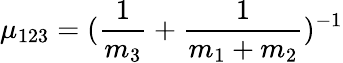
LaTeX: \mu_{123}=(\frac{1}{m_{3}}+\frac{1}{m_{1}+m_{2}})^{-1}